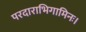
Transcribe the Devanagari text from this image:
परदाराभिगामिनः।